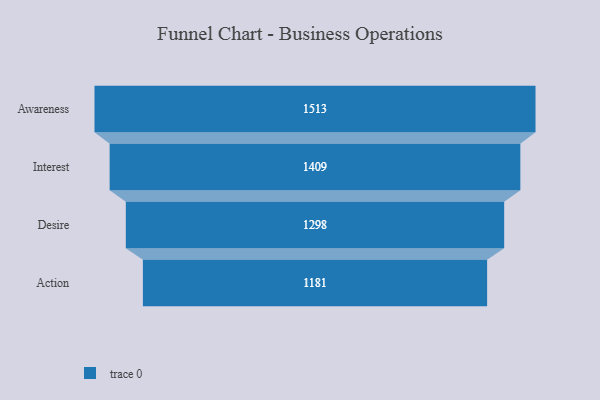
{"axis": {"x": "Stage", "y": "Value"}, "legend": [""], "data": [{"x": "Awareness", "y": 1513.0, "type": ""}, {"x": "Interest", "y": 1409.0, "type": ""}, {"x": "Desire", "y": 1298.0, "type": ""}, {"x": "Action", "y": 1181.0, "type": ""}]}